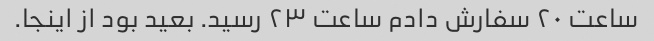
ساعت ۲۰ سفارش دادم ساعت ۲۳ رسید. بعید بود از اینجا.